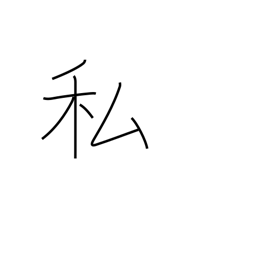
Meaning: me